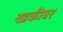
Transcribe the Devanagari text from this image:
ख्डकीवर